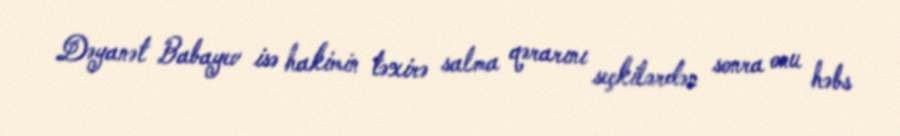
Dəyanət Babayev isə hakimin təxirə salma qərarını seçkilərdən sonra onu həbs